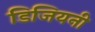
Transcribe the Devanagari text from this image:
डिजियनी